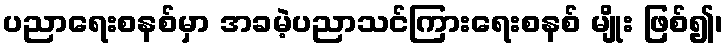
ပညာရေးစနစ်မှာ အခမဲ့ပညာသင်ကြားရေးစနစ် မျိုး ဖြစ်၍၊